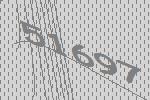
51697